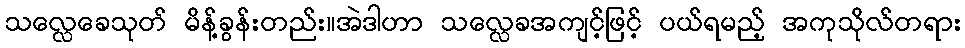
သလ္လေခေသုတ် မိန့်ခွန်းတည်း။အဲဒါဟာ သလ္လေခအကျင့်ဖြင့် ပယ်ရမည့် အကုသိုလ်တရား